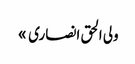
ولی الحق انصاری »